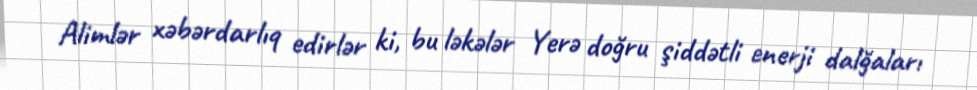
Alimlər xəbərdarlıq edirlər ki, bu ləkələr Yerə doğru şiddətli enerji dalğaları